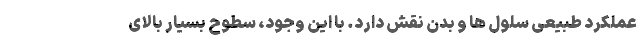
عملکرد طبیعی سلول ها و بدن نقش دارد. با این وجود، سطوح بسیار بالای